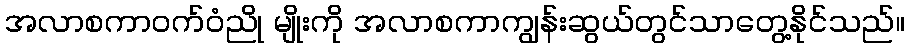
အလာစကာဝက်ဝံညို မျိုးကို အလာစကာကျွန်းဆွယ်တွင်သာတွေ့နိုင်သည်။